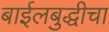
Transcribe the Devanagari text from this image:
बाईलबुद्धीचा